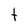
Character: t